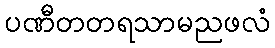
ပဏီတတရသာမညဖလံ